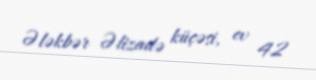
Ələkbər Əlizadə küçəsi, ev 42